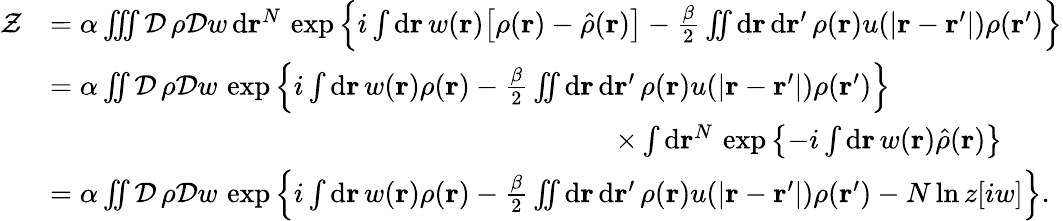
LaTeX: \begin{array}{rl}{\mathcal{Z}}&{=\alpha\iiint\mathcal{D}\, \rho\mathcal{D}w\, \mathrm{d}\mathbf{r}^{N}\, \exp\left\{ i\int\mathrm{d}\mathbf{r}\, w(\mathbf{r})\big[\rho(\mathbf{r})-\hat{\rho}(\mathbf{r})\big]-\frac{\beta}{2}\iint\mathrm{d}\mathbf{r}\, \mathrm{d}\mathbf{r}^{\prime}\, \rho(\mathbf{r})u(\vert\mathbf{r}-\mathbf{r}^{\prime}\vert)\rho(\mathbf{r}^{\prime})\right\} }\\ &{=\alpha\iint\mathcal{D}\, \rho\mathcal{D}w\, \exp\left\{ i\int\mathrm{d}\mathbf{r}\, w(\mathbf{r})\rho(\mathbf{r})-\frac{\beta}{2}\iint\mathrm{d}\mathbf{r}\, \mathrm{d}\mathbf{r}^{\prime}\, \rho(\mathbf{r})u(\vert\mathbf{r}-\mathbf{r}^{\prime}\vert)\rho(\mathbf{r}^{\prime})\right\} }\\ &{\qquad\qquad\qquad\qquad\qquad\qquad\qquad\qquad\qquad\qquad\times\int\mathrm{d}\mathbf{r}^{N}\, \exp\left\{ -i\int\mathrm{d}\mathbf{r}\, w(\mathbf{r})\hat{\rho}(\mathbf{r})\right\} }\\ &{=\alpha\iint\mathcal{D}\, \rho\mathcal{D}w\, \exp\left\{ i\int\mathrm{d}\mathbf{r}\, w(\mathbf{r})\rho(\mathbf{r})-\frac{\beta}{2}\iint\mathrm{d}\mathbf{r}\, \mathrm{d}\mathbf{r}^{\prime}\, \rho(\mathbf{r})u(\vert\mathbf{r}-\mathbf{r}^{\prime}\vert)\rho(\mathbf{r}^{\prime})-N\ln z[iw]\right\} .}\end{array}